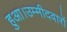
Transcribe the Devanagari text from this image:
हुआ।उम्मीदवारों